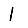
Digit: 1